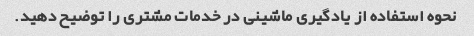
نحوه استفاده از یادگیری ماشینی در خدمات مشتری را توضیح دهید.